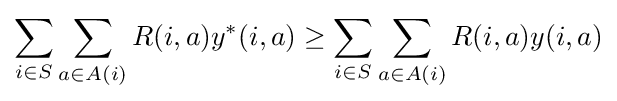
{\begin{aligned}\sum _{i\in S}\sum _{a\in A(i)}R(i,a)y^{*}(i,a)\geq \sum _{i\in S}\sum _{a\in A(i)}R(i,a)y(i,a)\end{aligned}}